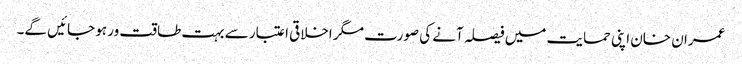
عمران خان اپنی حمایت میں فیصلہ آنے کی صورت مگر اخلاقی اعتبار سے بہت طاقت ور ہو جائیں گے۔